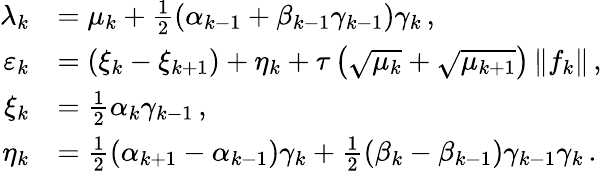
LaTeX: \begin{array}{rl}{{\lambda}_{k}}&{={\mu}_{k}+\frac{1}{2}\left({\alpha}_{k-1}+{\beta}_{k-1}{\gamma}_{k-1}\right){\gamma}_{k}\, ,}\\ {{\varepsilon}_{k}}&{=\left({\xi}_{k}-{\xi}_{k+1}\right)+{\eta}_{k}+{\tau}\left(\sqrt{{\mu}_{k}}+\sqrt{{\mu}_{k+1}}\right)\left\| {f}_{k}\right\| \, ,}\\ {{\xi}_{k}}&{=\frac{1}{2}{\alpha}_{k}{\gamma}_{k-1}\, ,}\\ {{\eta}_{k}}&{=\frac{1}{2}\left({\alpha}_{k+1}-{\alpha}_{k-1}\right){\gamma}_{k}+\frac{1}{2}\left({\beta}_{k}-{\beta}_{k-1}\right){\gamma}_{k-1}{\gamma}_{k}\, .}\end{array}